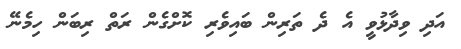
އަދި ވިދާޅުވީ އެ ދެ ތަރިން ބައިވެރި ކޮށްގެން ރަތް ރިބަން ހިމެނޭ